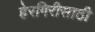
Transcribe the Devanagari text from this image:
हेरगिरीसाठी